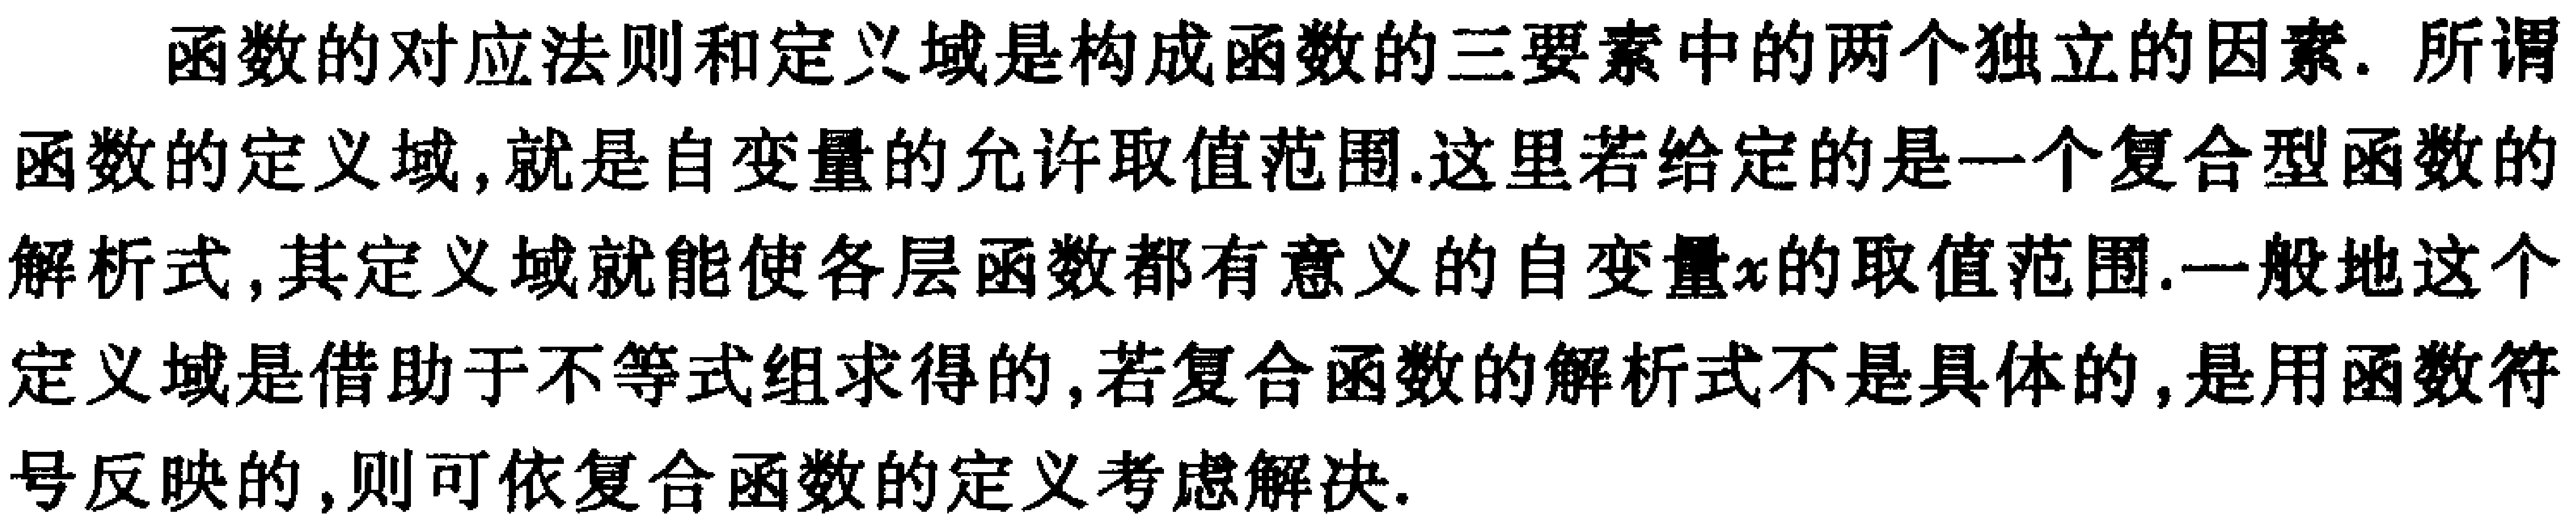
函数的对应法则和定义域是构成函数的三要素中的两个独立的因素. 所谓函数的定义域,就是自变量的允许取值范围.这里若给定的是一个复合型函数的解析式,其定义域就能使各层函数都有意义的自变量\(x\)的取值范围.一般地这个定义域是借助于不等式组求得的,若复合函数的解析式不是具体的,是用函数符号反映的,则可依复合函数的定义考虑解决.